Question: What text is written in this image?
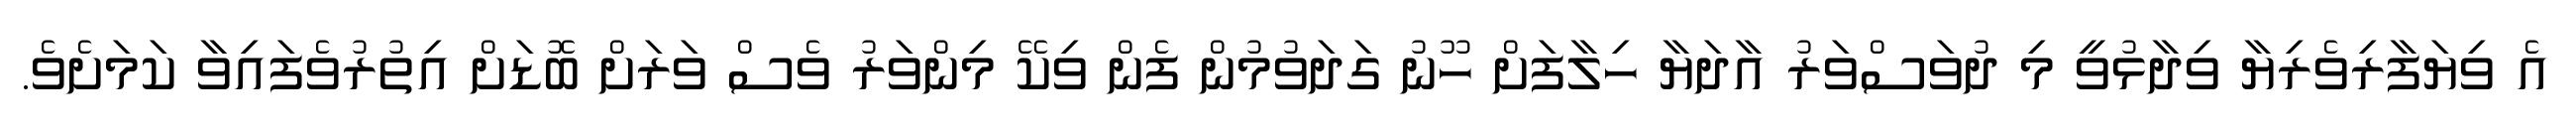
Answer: އެ ވިޔަފާރިވެރިޔާ ވިދާޅުވީ މި ދުވަސްވަރު އާދަޔާ ހިލާފަށް ހޫނު ގަދަވުމުން ފެން ވިކޭ މިންވަރު ވެސް ވަރަށް ބޮޑަށް އިތުރުވެފައިވާ ކަމަށެވެ.